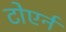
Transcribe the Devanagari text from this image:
टोएर्न